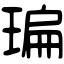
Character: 㻞